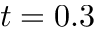
t = 0 . 3